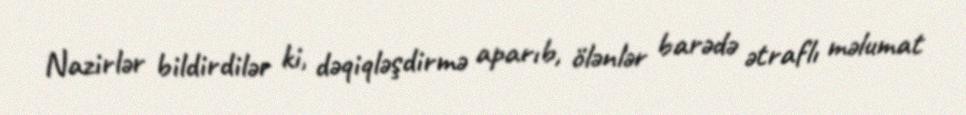
Nazirlər bildirdilər ki, dəqiqləşdirmə aparıb, ölənlər barədə ətraflı məlumat